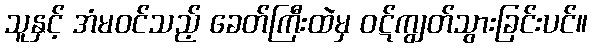
သူနှင့် အံမဝင်သည့် ခေတ်ကြီးထဲမှ ဝဋ်ကျွတ်သွားခြင်းပင်။